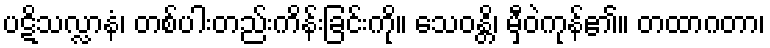
ပဋိသလ္လာနံ၊ တစ်ပါးတည်းကိန်းခြင်းကို။ သေဝန္တိ၊ မှီဝဲကုန်၏။ တထာဂတာ၊